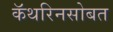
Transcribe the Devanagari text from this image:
कॅथरिनसोबत